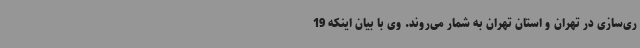
ری‌سازی در تهران و استان تهران به شمار می‌روند. وی با بیان اینکه 19